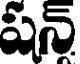
షన్